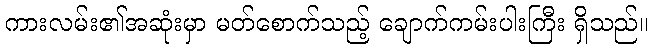
ကားလမ်း၏အဆုံးမှာ မတ်စောက်သည့် ချောက်ကမ်းပါးကြီး ရှိသည်။